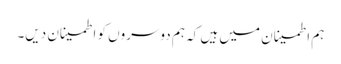
ہم اطمینان میں ہیں کہ ہم دوسروں کو اطمینان دیں۔